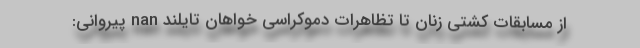
از مسابقات کشتی زنان تا تظاهرات دموکراسی خواهان تایلند nan پیروانی: